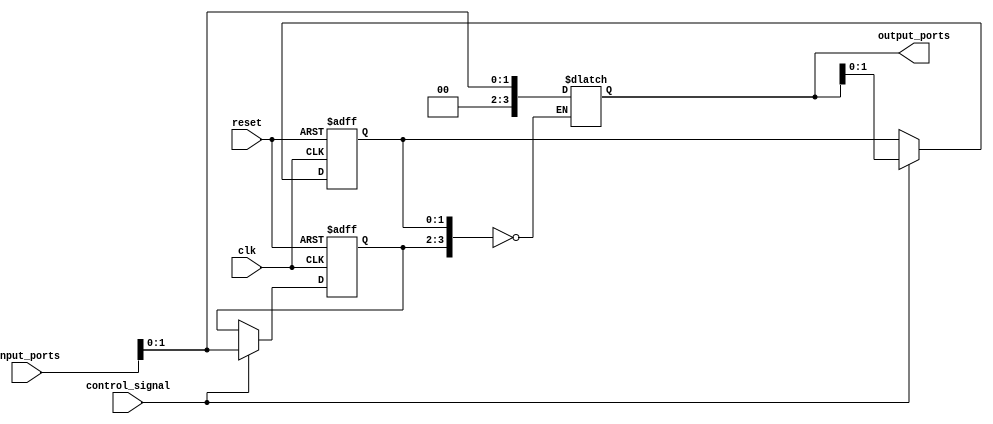
module IO_Blocks_Bus_Switch (
    input wire clk,
    input wire reset,
    input wire control_signal,
    
    input wire [3:0] input_ports,
    output reg [3:0] output_ports
);

reg [1:0] selected_input_port;
reg [1:0] selected_output_port;

always @ (posedge clk or posedge reset) begin
    if (reset) begin
        selected_input_port <= 2'b00;
        selected_output_port <= 2'b00;
    end else begin
        if (control_signal) begin
            selected_input_port <= input_ports[1:0];
            selected_output_port <= output_ports[1:0];
        end
    end
end

always @ (*) begin
    case ({selected_input_port, selected_output_port})
        2'b00_00: output_ports <= {input_ports[1:0]};
        2'b01_00: output_ports <= {input_ports[2:1]};
        2'b10_00: output_ports <= {input_ports[3:2]};
        2'b11_00: output_ports <= {input_ports[3:1]};
    endcase
end

endmodule